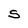
Character: S